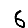
Digit: 6